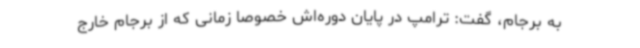
به برجام، گفت: ترامپ در پایان دوره‌اش خصوصا زمانی که از برجام خارج